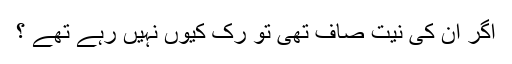
اگر ان کی نیت صاف تھی تو رک کیوں نہیں رہے تھے ؟